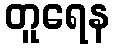
တူရေန